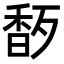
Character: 𬳜